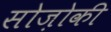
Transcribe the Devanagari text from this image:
सोज़ोकी